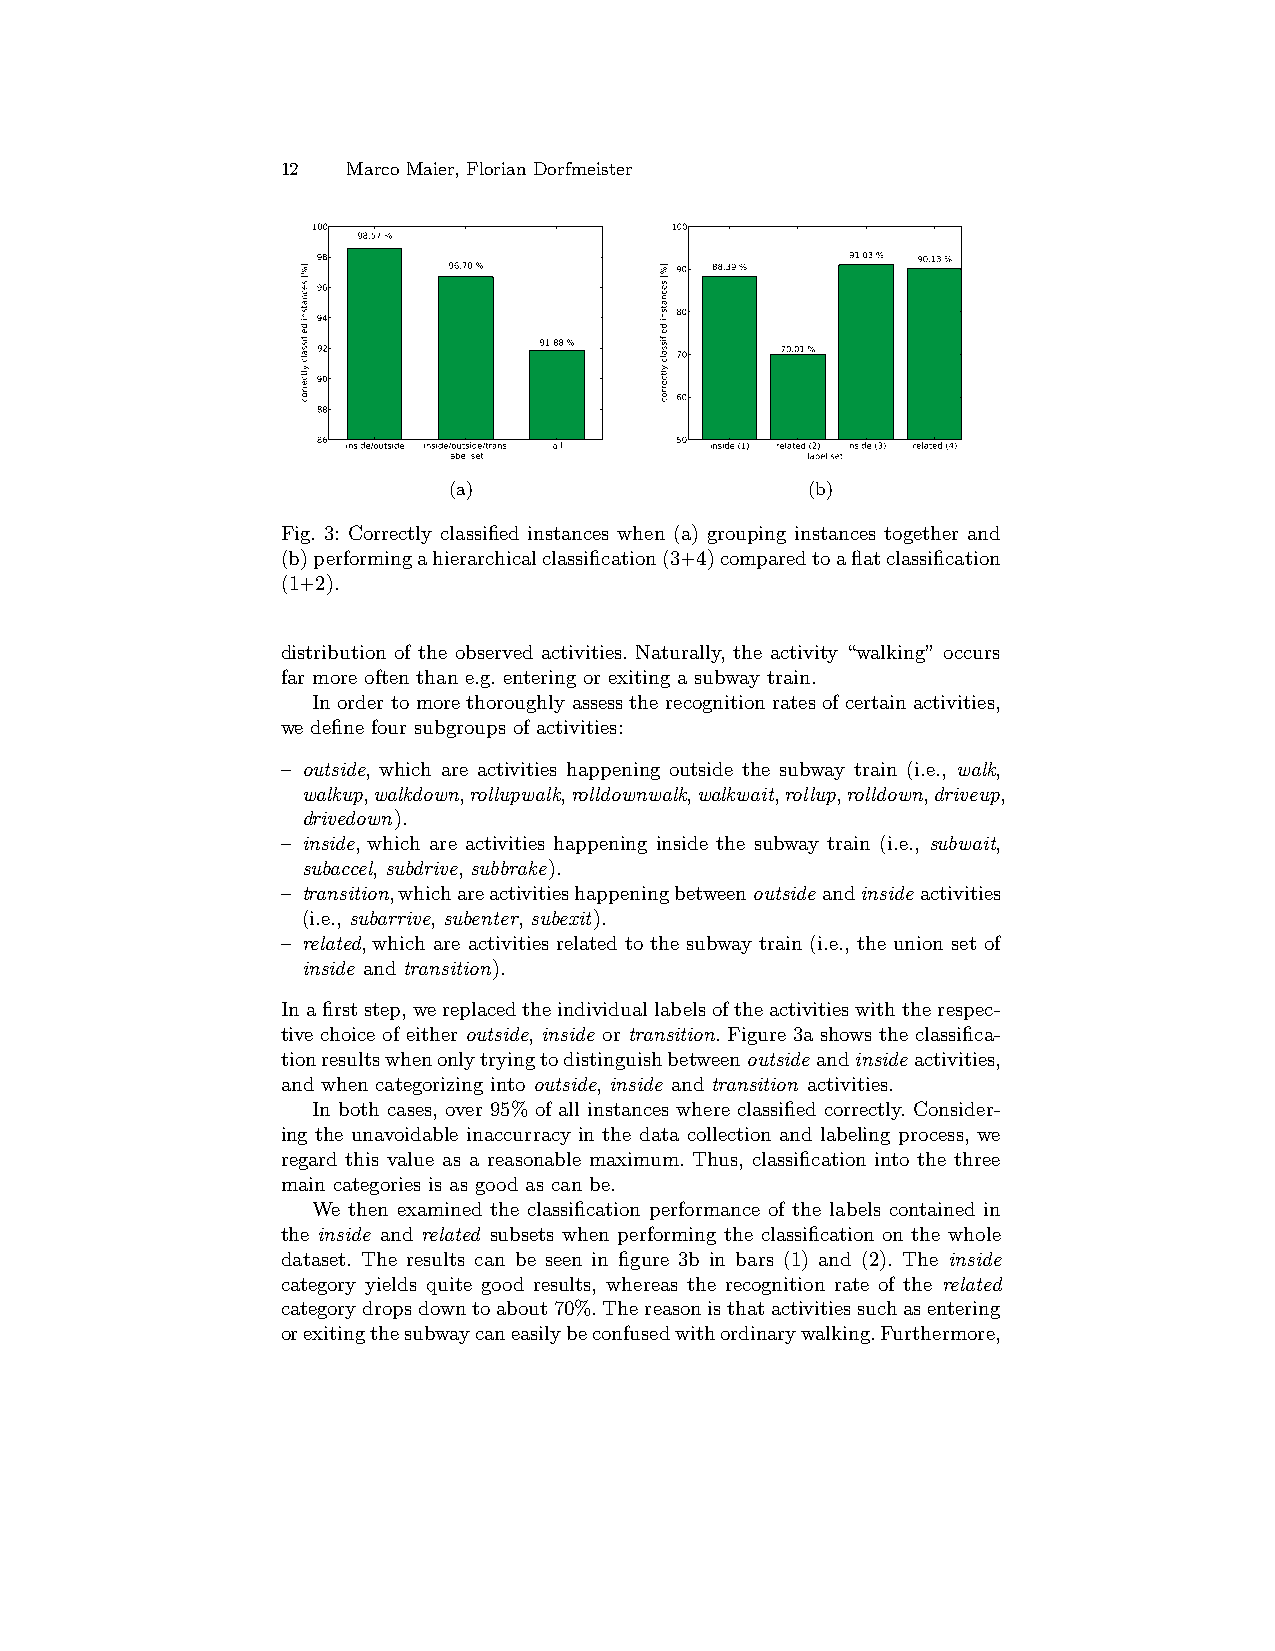
12  Marco Maier, Florian Dorfmeister
 100                    100
 98.57 %
 98                                 91.03 % 90.13 %
 96.70 %        90 88.39 %
 96
 94                      80
 92             91.88 %  70     70.01 %
 90
 60
 88
 86 inside/outside inside/outside/trans. all 50 inside (1) related (2) inside (3) related (4)
 label set              label set
 (a)                    (b)
 Fig. 3: Correctly classified instances when (a) grouping instances together and
 (b)performingahierarchicalclassification(3+4)comparedtoaflatclassification
 (1+2).
 distribution of the observed activities. Naturally, the activity “walking” occurs
 far more often than e.g. entering or exiting a subway train.
 In order to more thoroughly assess the recognition rates of certain activities,
 we define four subgroups of activities:
 – outside, which are activities happening outside the subway train (i.e., walk,
 walkup,walkdown,rollupwalk,rolldownwalk,walkwait,rollup,rolldown,driveup,
 drivedown).
 – inside, which are activities happening inside the subway train (i.e., subwait,
 subaccel, subdrive, subbrake).
 – transition,whichareactivitieshappeningbetweenoutside andinside activities
 (i.e., subarrive, subenter, subexit).
 – related, which are activities related to the subway train (i.e., the union set of
 inside and transition).
 Inafirststep,wereplacedtheindividuallabelsoftheactivitieswiththerespec-
 tive choice of either outside, inside or transition. Figure 3a shows the classifica-
 tionresultswhenonlytryingtodistinguishbetweenoutside andinside activities,
 and when categorizing into outside, inside and transition activities.
 In both cases, over 95% of all instances where classified correctly. Consider-
 ing the unavoidable inaccurracy in the data collection and labeling process, we
 regard this value as a reasonable maximum. Thus, classification into the three
 main categories is as good as can be.
 We then examined the classification performance of the labels contained in
 the inside and related subsets when performing the classification on the whole
 dataset. The results can be seen in figure 3b in bars (1) and (2). The inside
 category yields quite good results, whereas the recognition rate of the related
 categorydropsdowntoabout70%.Thereasonisthatactivitiessuchasentering
 orexitingthesubwaycaneasilybeconfusedwithordinarywalking.Furthermore,
 ]%[
 secnatsni
 deifissalc
 yltcerroc
 ]%[
 secnatsni
 deifissalc
 yltcerroc